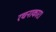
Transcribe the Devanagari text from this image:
रचनाकार।